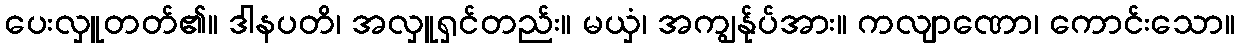
ပေးလှူတတ်၏။ ဒါနပတိ၊ အလှူရှင်တည်း။ မယှံ၊ အကျွန်ုပ်အား။ ကလျာဏော၊ ကောင်းသော။